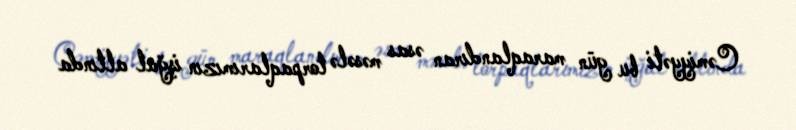
Cəmiyyəti bu gün maraqlandıran əsas məsələ torpaqlarımızın işğal altında